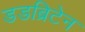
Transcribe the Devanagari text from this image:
डडब्रिटेन